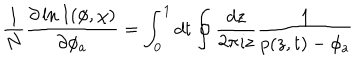
LaTeX: \frac { 1 } { N } \frac { \partial \ln I ( \phi , \chi ) } { \partial \phi _ { a } } = \int _ { 0 } ^ { 1 } d t \oint \frac { d z } { 2 \pi \imath z } \frac { 1 } { p ( z , t ) - \phi _ { a } }